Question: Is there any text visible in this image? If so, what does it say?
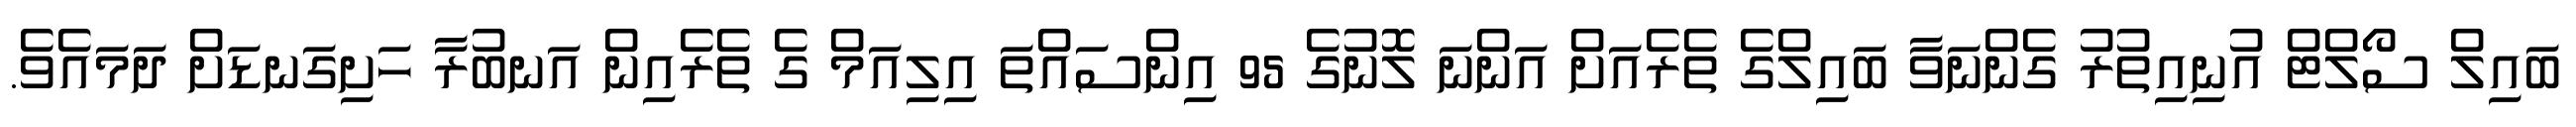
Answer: ބައިލް ސޯލްޓް އުނިއިތުރު ގެންނަވާ ބައިލްގެ ތެރެއަށް އަންނަ ލޮނުގެ 95 އިންސައްތަ އިލިއަމް ގެ ތެރެއިން އަނބުރާ ހަށިގަނޑަށް ދަމައެވެ.